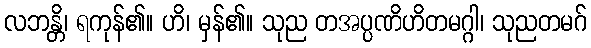
လဘန္တိ၊ ရကုန်၏။ ဟိ၊ မှန်၏။ သုည တအပ္ပဏိဟိတမဂ္ဂါ၊ သုညတမဂ်